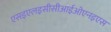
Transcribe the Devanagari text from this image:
एसइएलइसीसीआईओएनइएस